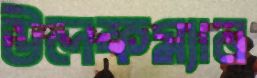
উলফম্যান